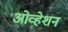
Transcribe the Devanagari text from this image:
ओव्हेशन